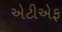
એટીએફ